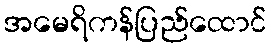
အမေရိကန်ပြည်ထောင်